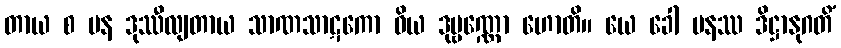
တာယ စ ပန ဒုဿီလျတာယ သာဏသာဋကော ဝိယ ဒုဗ္ဗဏ္ဏော ဟောတိ။ ယေ ခေါ ပနဿ ဒိဋ္ဌာနုဂတိံ